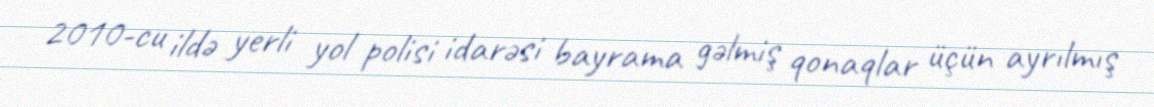
2010-cu ildə yerli yol polisi idarəsi bayrama gəlmiş qonaqlar üçün ayrılmış